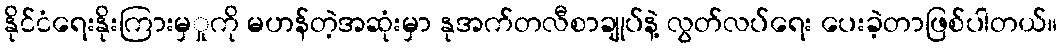
နိုင်ငံရေးနိုးကြားမှှုကို မဟန်တဲ့အဆုံးမှာ နုအက်တလီစာချုပ်နဲ့ လွတ်လပ်ရေး ပေးခဲ့တာဖြစ်ပါတယ်။